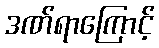
ဒဏ်ရာကြောင့်